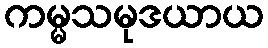
ကမ္မသမုဒယာယ